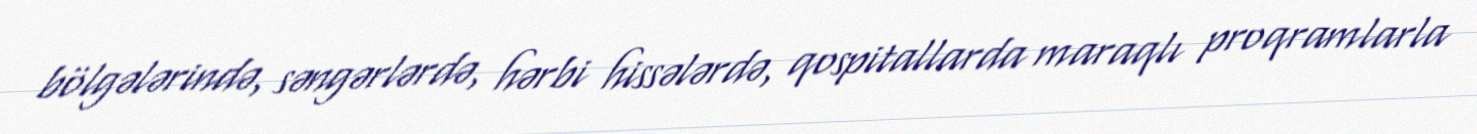
bölgələrində, səngərlərdə, hərbi hissələrdə, qospitallarda maraqlı proqramlarla